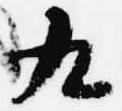
九